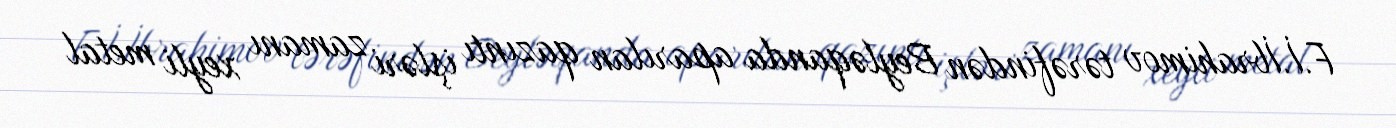
F.İ.İbrahimov tərəfindən Beyləqanda aparılan qazıntı işləri zamanı xeyli metal